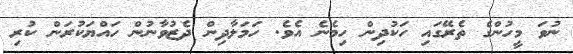
ނުވަ މީހުންގެ ތެރޭގައި ހަކުދިން ހިމެނެ އެވެ. ހަމަލާދިން ދެޒުވާނުން ހައްޔަކުރަން ކުރި